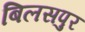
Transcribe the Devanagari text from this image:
बिलसपुर